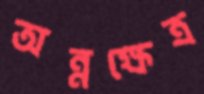
অন্নক্ষেত্র